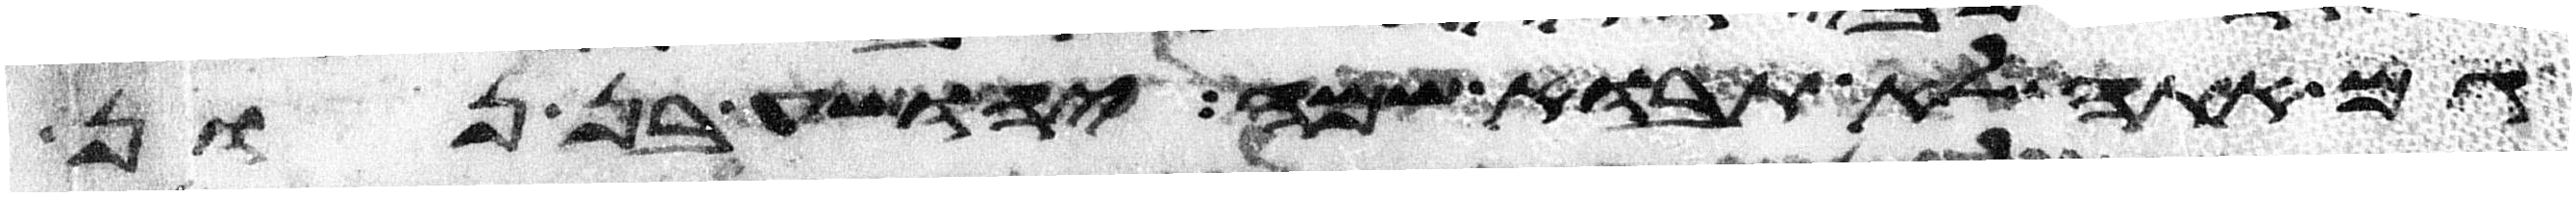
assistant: גם אתה לא תבוא שמה יהושע בן נון